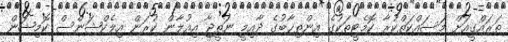
ތަރައްގީއަށް މަސައްކަތްކުރާ ކޮމެޓީތަކުގެ އިންތިޚާބުގެ ދާއިމީ ނަތީޖާ އިއުލާން ކުރަން އިލެކްޝަންސް ކޮމިޝަން